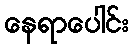
နေရာပေါင်း